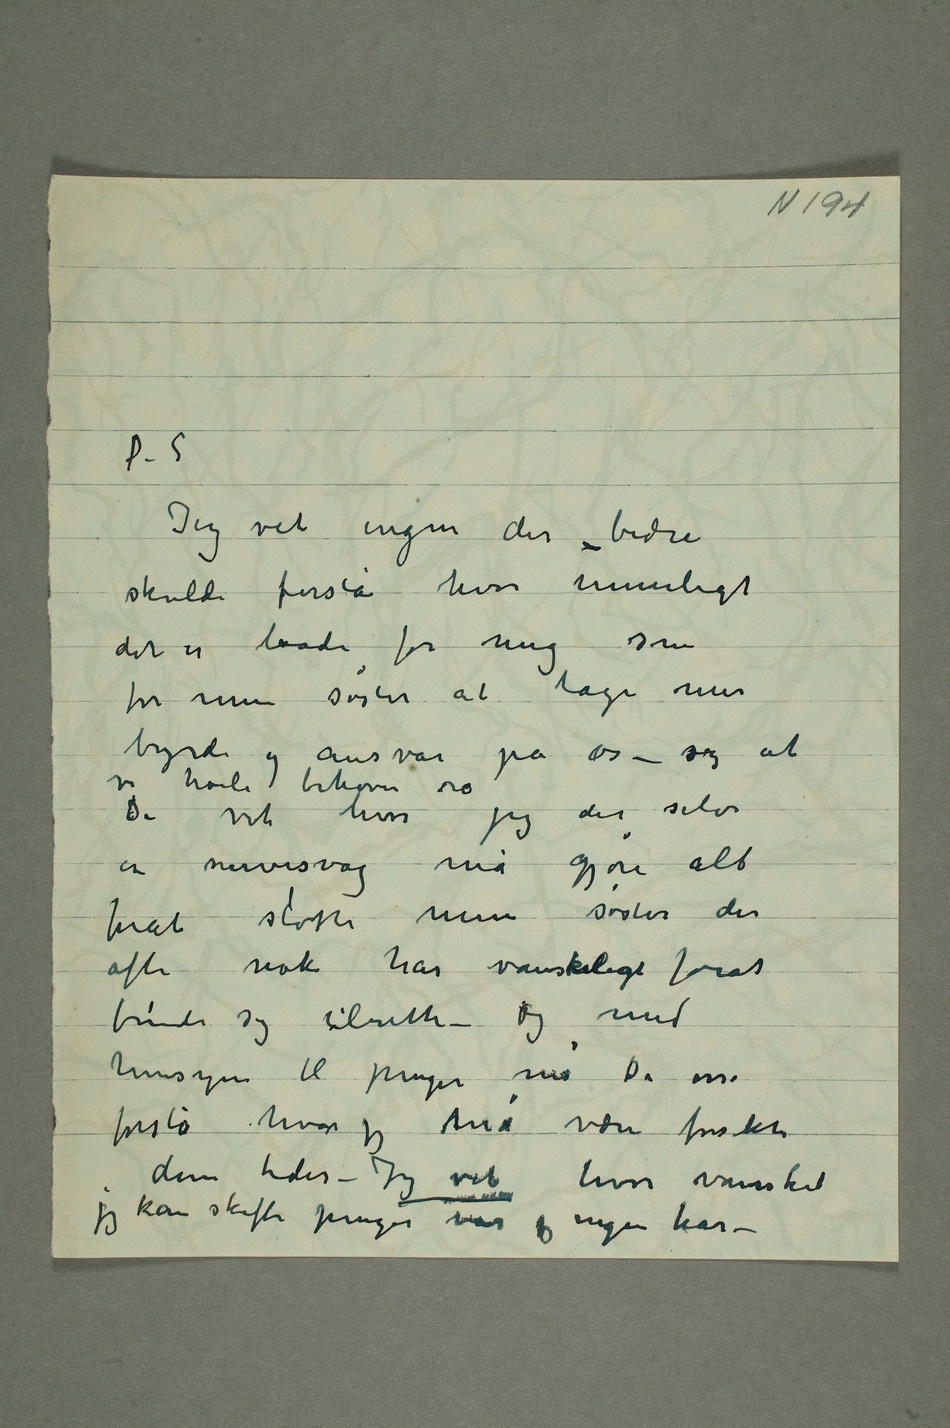
Jeg vet ingen der bedre
skulde forstå hvor umuligt
det er baade for mig som
for min søster at tage mer
byrde og ansvar på os – sog at
vi høili behøver ro
De vet hvor jeg der selv
er nervesvag må gjøre alt
forat støtte min søster der
ofte nok har vanskeligt forat
finde sig tilrette – Og med
hensyn til penger må De osså
forstå hvor jeg må være forsikti i
disse tider – Jeg vet hvor vanskeli
jeg kan skaffe penger når jeg ingen har –